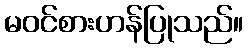
မဝင်စားဟန်ပြုသည်။